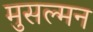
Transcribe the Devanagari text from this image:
मुसल्मन